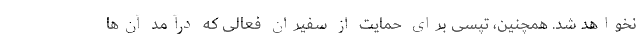
نخواهد شد. همچنین، تپسی برای حمایت از سفیران فعالی که درآمد آن‌ها